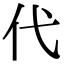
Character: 代